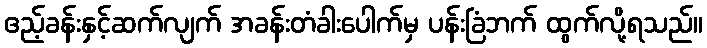
ဧည့်ခန်းနှင့်ဆက်လျက် အခန်းတံခါးပေါက်မှ ပန်းခြံဘက် ထွက်လို့ရသည်။